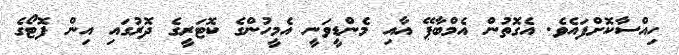
ހިއްސާކޮށްފައެވެ. އެގޮތުން އެމްބާޕޭ އާއި މެންޑީވަނީ އެމީހުންގެ ކޮޓަރީގެ ދޮރުގައި އިން ފޮޓޯގެ